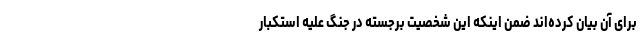
برای آن بیان کرده‌اند ضمن اینکه این شخصیت برجسته در جنگ علیه استکبار